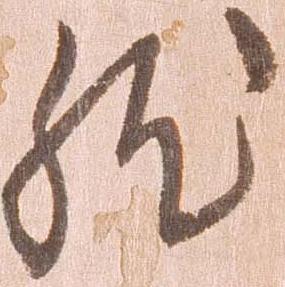
然